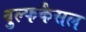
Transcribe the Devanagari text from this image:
वुल्फकैसल